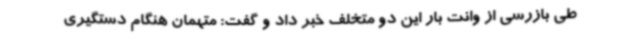
طی بازرسی از وانت بار این دو متخلف خبر داد و گفت: متهمان هنگام دستگیری